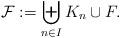
LaTeX: \begin{align*} \mathcal{F}:= \biguplus_{n\in I} K_n \cup F.\end{align*}